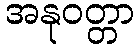
အနုဝတ္တာ